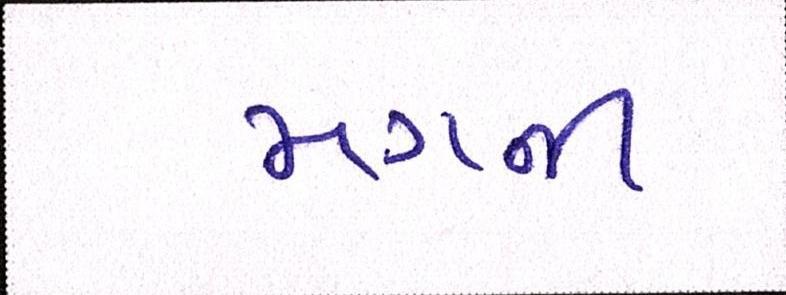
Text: મગની